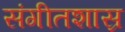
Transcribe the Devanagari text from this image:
संगीतशास्र